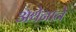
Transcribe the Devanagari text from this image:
अथेनाने